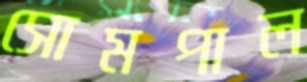
সোমপাল